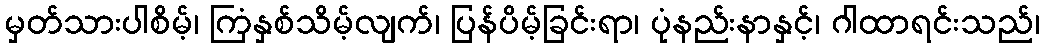
မှတ်သားပါစိမ့်၊ ကြံနှစ်သိမ့်လျက်၊ ပြန်ပိမ့်ခြင်းရာ၊ ပုံနည်းနာနှင့်၊ ဂါထာရင်းသည်၊